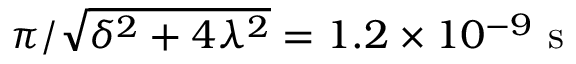
\pi / \sqrt { \delta ^ { 2 } + 4 \lambda ^ { 2 } } = 1 . 2 \times 1 0 ^ { - 9 } ~ \mathrm { s }